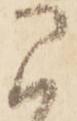
に